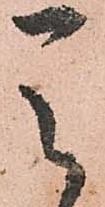
天